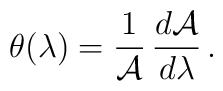
\theta(\lambda)={1\over {\cal A}}\,{d{\cal A}\over d\lambda}\,.